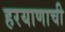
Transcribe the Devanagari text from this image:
हरयाणाची